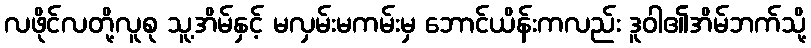
လဖိုင်လတို့လူစု သူ့အိမ်နှင့် မလှမ်းမကမ်းမှ ဘောင်ယိန်းကလည်း ဒူဝါ၏အိမ်ဘက်သို့